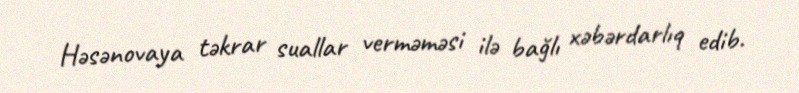
Həsənovaya təkrar suallar verməməsi ilə bağlı xəbərdarlıq edib.